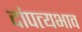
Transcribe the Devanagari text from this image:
दांपत्यभाव